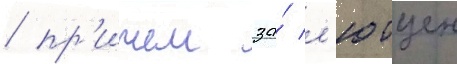
/ пр'ичем за́ л'ютцен